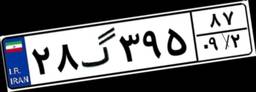
۴۵گ۴۰۹۷۹